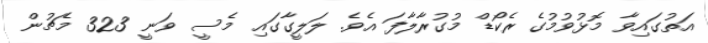
އަތުގައިވާ މޮޅުވުމުގެ ރެކޯޑް މުގުރާލާފަ އެވެ. ލަލީގާގައި މެސީ ވަނީ 323 މެޗުން